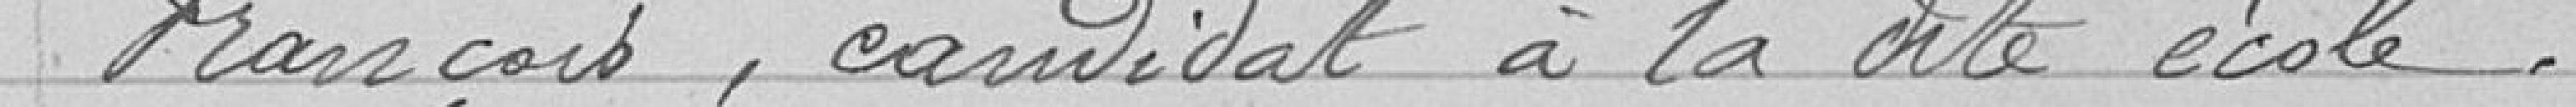
François, candidat à ladite école